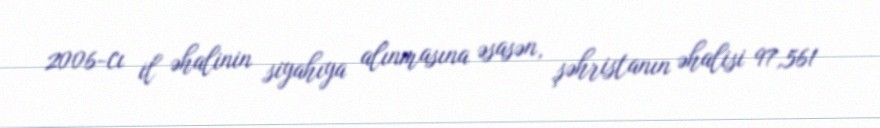
2006-cı il əhalinin siyahıya alınmasına əsasən, şəhristanın əhalisi 97,561